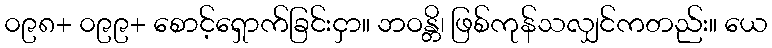
၀၉၈+ ၀၉၉+ စောင့်ရှောက်ခြင်းငှာ။ ဘဝန္တိ၊ ဖြစ်ကုန်သလျှင်ကတည်း။ ယေ